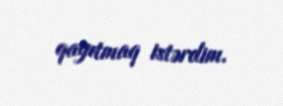
qayıtmaq istərdim.